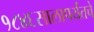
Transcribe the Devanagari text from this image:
१८४६सालापर्यंतचे